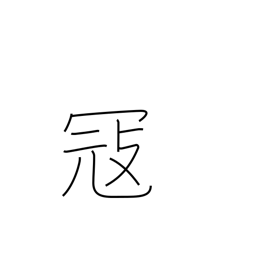
Meaning: feud